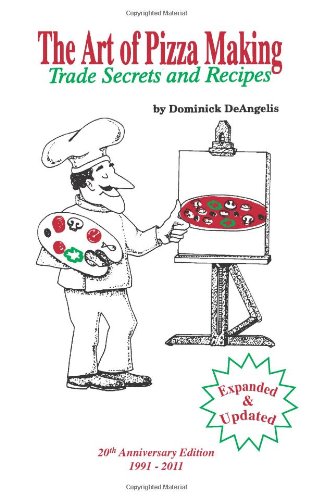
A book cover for The Art of Pizza Making: Trade Secrets and Recipes; Dominick A. DeAngelis; Cookbooks, Food & Wine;